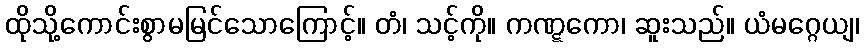
ထိုသို့ကောင်းစွာမမြင်သောကြောင့်။ တံ၊ သင့်ကို။ ကဏ္ဋကော၊ ဆူးသည်။ ယံမဂ္ဂေယျ၊